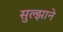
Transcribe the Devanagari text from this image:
सुल्झाने